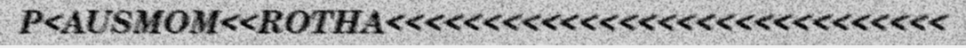
P<AUSMOM<<ROTHA<<<<<<<<<<<<<<<<<<<<<<<<<<<<<